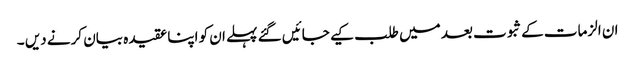
ان الزمات کےثبوت بعد میں طلب کیے جائیں گئے پہلے ان کو اپنا عقیدہ بیان کرنے دیں ۔